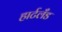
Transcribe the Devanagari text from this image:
हार्टलँड